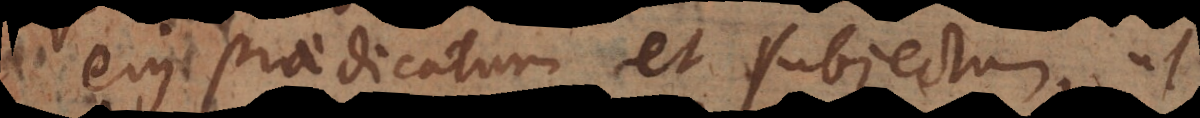
ejus praedicatum et subject